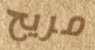
مريح